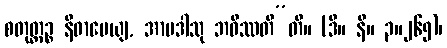
စတုတ္ထဉ္စ နိဓာပေယျ, အာပဒါသု ဘဝိဿတီ”တိ။ (ဒီ။ နိ။ ၃။၂၆၅)၊